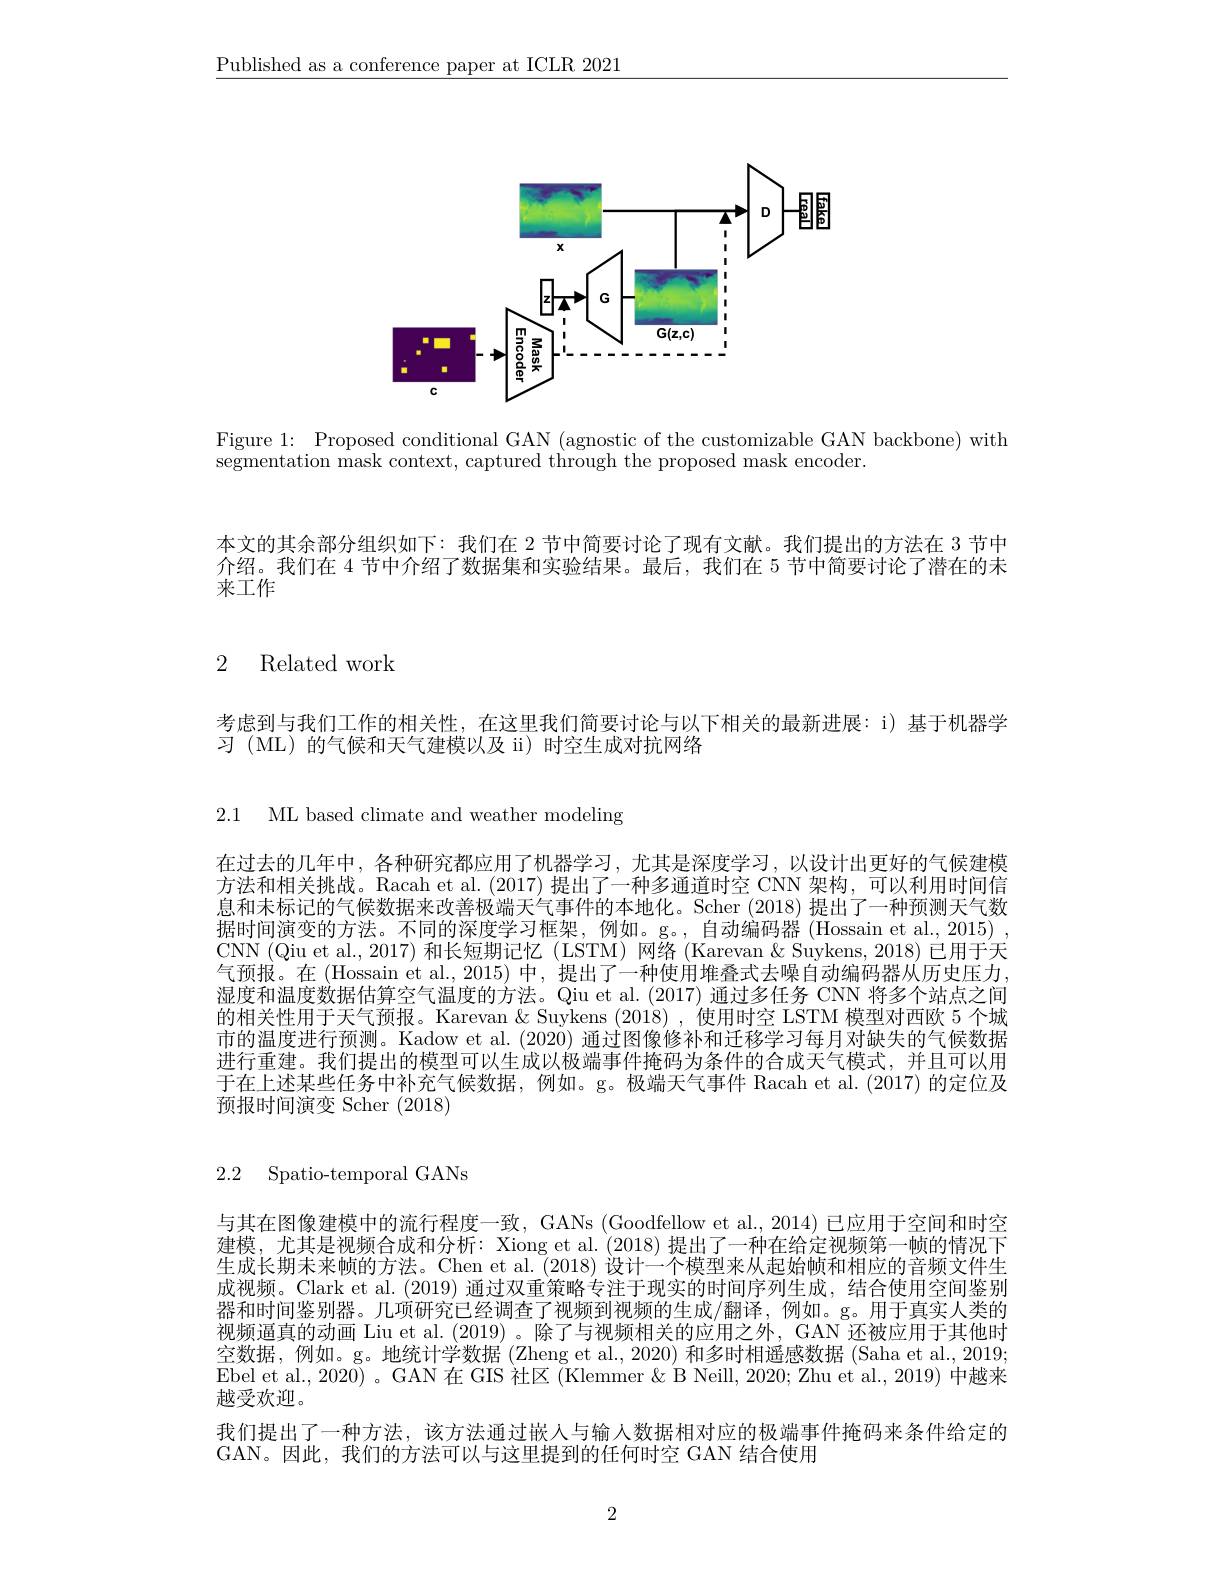
$\underline{\text{Published as a conference paper at ICLR 2021}}$

<FigureHere>

Figure 1: Proposed conditional GAN (agnostic of the customizable GAN backbone) with
segmentation mask context, captured through the proposed mask encoder

本文的其余部分组织如下：我们在 2 节中简要讨论了现有文献。我们提出的方法在 3 节中介绍。我们在 4 节中介绍了数据集和实验结果。最后，我们在 5 节中简要讨论了潜在的未来工作

## 2 Related work

考虑到与我们工作的相关性，在这里我们简要讨论与以下相关的最新进展：i) 基于机器学
习 (ML)的气候和天气建模以及 ii)时空生成对抗网络

2.1 ML based climate and weather modeling

在过去的几年中，各种研究都应用了机器学习，尤其是深度学习，以设计出更好的气候建模方法和相关挑战。Racah et al. (2017) 提出了一种多通道时空 CNN 架构，可以利用时间信息和未标记的气候数据来改善极端天气事件的本地化。Scher (2018)提出了一种预测天气数据时间演变的方法。不同的深度学习框架，例如。g。,自动编码器(Hossain et al., 2015) , CNN (Qiu et al., 2017)和长短期记忆 (LSTM) 网络 (Karevan& Suykens, 2018) 已用于天气预报。在 (Hossain et al., 2015) 中，提出了一种使用堆叠式去噪自动编码器从历史压力. 湿度和温度数据估算空气温度的方法。Qiu et al. (2017) 通过多任务 CNN 将多个站点之间的相关性用于天气预报。Karevan & Suykens (2018) ,使用时空 LSTM 模型对西欧 5 个城市的温度进行预测。Kadow et al. (2020) 通过图像修补和迁移学习每月对缺失的气候数据进行重建。我们提出的模型可以生成以极端事件掩码为条件的合成天气模式，并且可以用于在上述某些任务中补充气候数据，例如。g。极端天气事件 Racah et al.(2017) 的定位及预报时间演变 Scher (2018)

2.2 Spatio-temporal GANs

与其在图像建模中的流行程度一致，GANs (Goodfellow et al., 2014) 已应用于空间和时空建模，尤其是视频合成和分析：Xiong et al.(2018) 提出了一种在给定视频第一帧的情况下生成长期未来帧的方法。Chen et al. (2018) 设计一个模型来从起始帧和相应的音频文件生成视频。Clark et al.(2019) 通过双重策略专注于现实的时间序列生成，结合使用空间鉴别器和时间鉴别器。几项研究已经调查了视频到视频的生成/翻译，例如。g。用于真实人类的视频逼真的动画 Liu et al. (2019)。除了与视频相关的应用之外，GAN 还被应用于其他时空数据，例如。g。地统计学数据(Zheng et al., 2020) 和多时相遥感数据 (Saha et al., 2019; Ebel et al., 2020) 。GAN 在 GIS 社区 (Klemmer & B Neill, 2020; Zhu et al., 2019) 中越来越受欢迎。
我们提出了一种方法，该方法通过嵌人与输人数据相对应的极端事件掩码来条件给定的
GAN。因此，我们的方法可以与这里提到的任何时空 GAN 结合使用

2